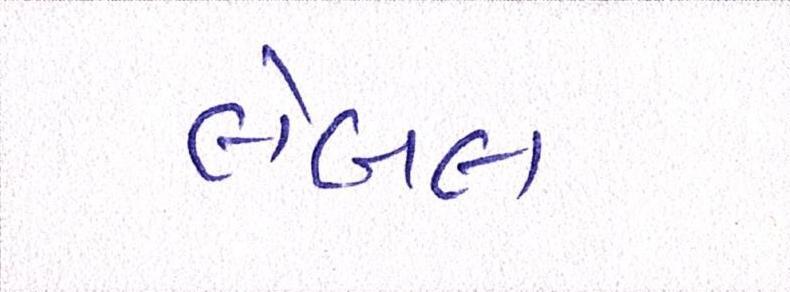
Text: લેબલ